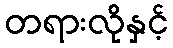
တရားလိုနှင့်